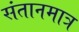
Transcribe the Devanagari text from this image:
संतानमात्र